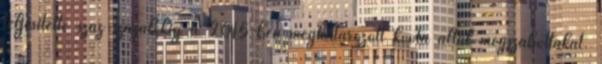
teljesítette száz százalékig a 2015-ben meghatározott kvóta által megszabottakat.